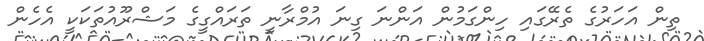
ތިން އަހަރުގެ ތެރޭގައި ހިންގަމުން އަންނަ ގިނަ އުމްރާނީ ތަރައްގީގެ މަޝްރޫއުތަކަކީ އެހެން